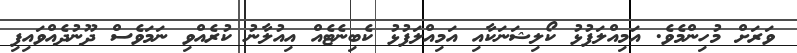
ވަރަށް މުހިންމެވެ. އަމިއްލަފުޅު ކޯލިޝަނަކާއި އަމިއްލަފުޅު ކެބިނެޓެއް އިއުލާނު ކުރެއްވި ނަމަވެސް ދޫނުދެއްވައިފި